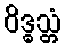
ဝိဒ္ဓသ္တံ